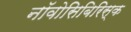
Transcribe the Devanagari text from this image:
नॉवोसिबिरिस्क